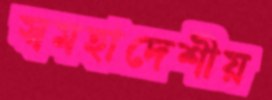
স্বমহাদেশীয়